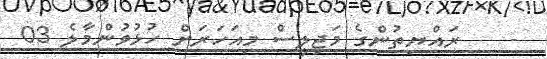
-    ރައްޔިތުންގެ މަޖިލީސް މިއަހަރަށް ހުޅުވުންމާލެ 03